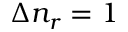
\Delta n _ { r } = 1